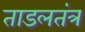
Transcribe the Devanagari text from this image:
ताडलतंत्र